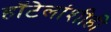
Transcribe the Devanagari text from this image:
हॉटेलांशीही